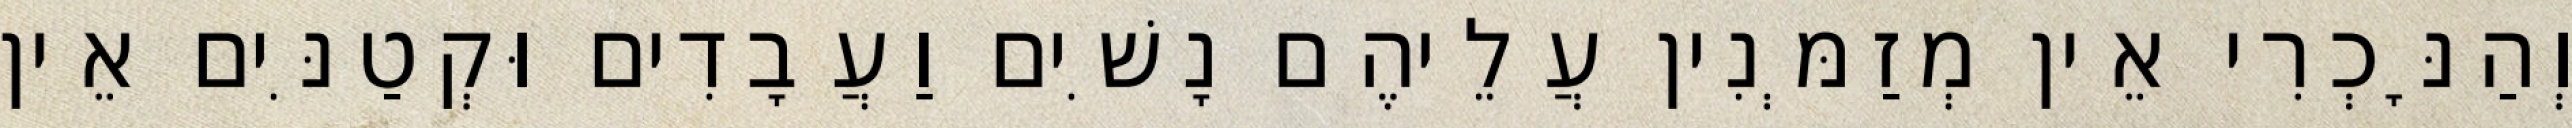
וְהַנָּכְרִי אֵין מְזַמְּנִין עֲלֵיהֶם נָשִׁים וַעֲבָדִים וּקְטַנִּים אֵין